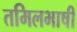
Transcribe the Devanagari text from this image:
तमिलभाषी